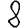
Digit: 8